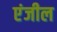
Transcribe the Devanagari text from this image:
एंजील